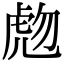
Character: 虝